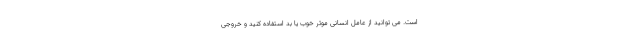
است. می توانید از عامل انسانی موثر خوب یا بد استفاده کنید و خروجی